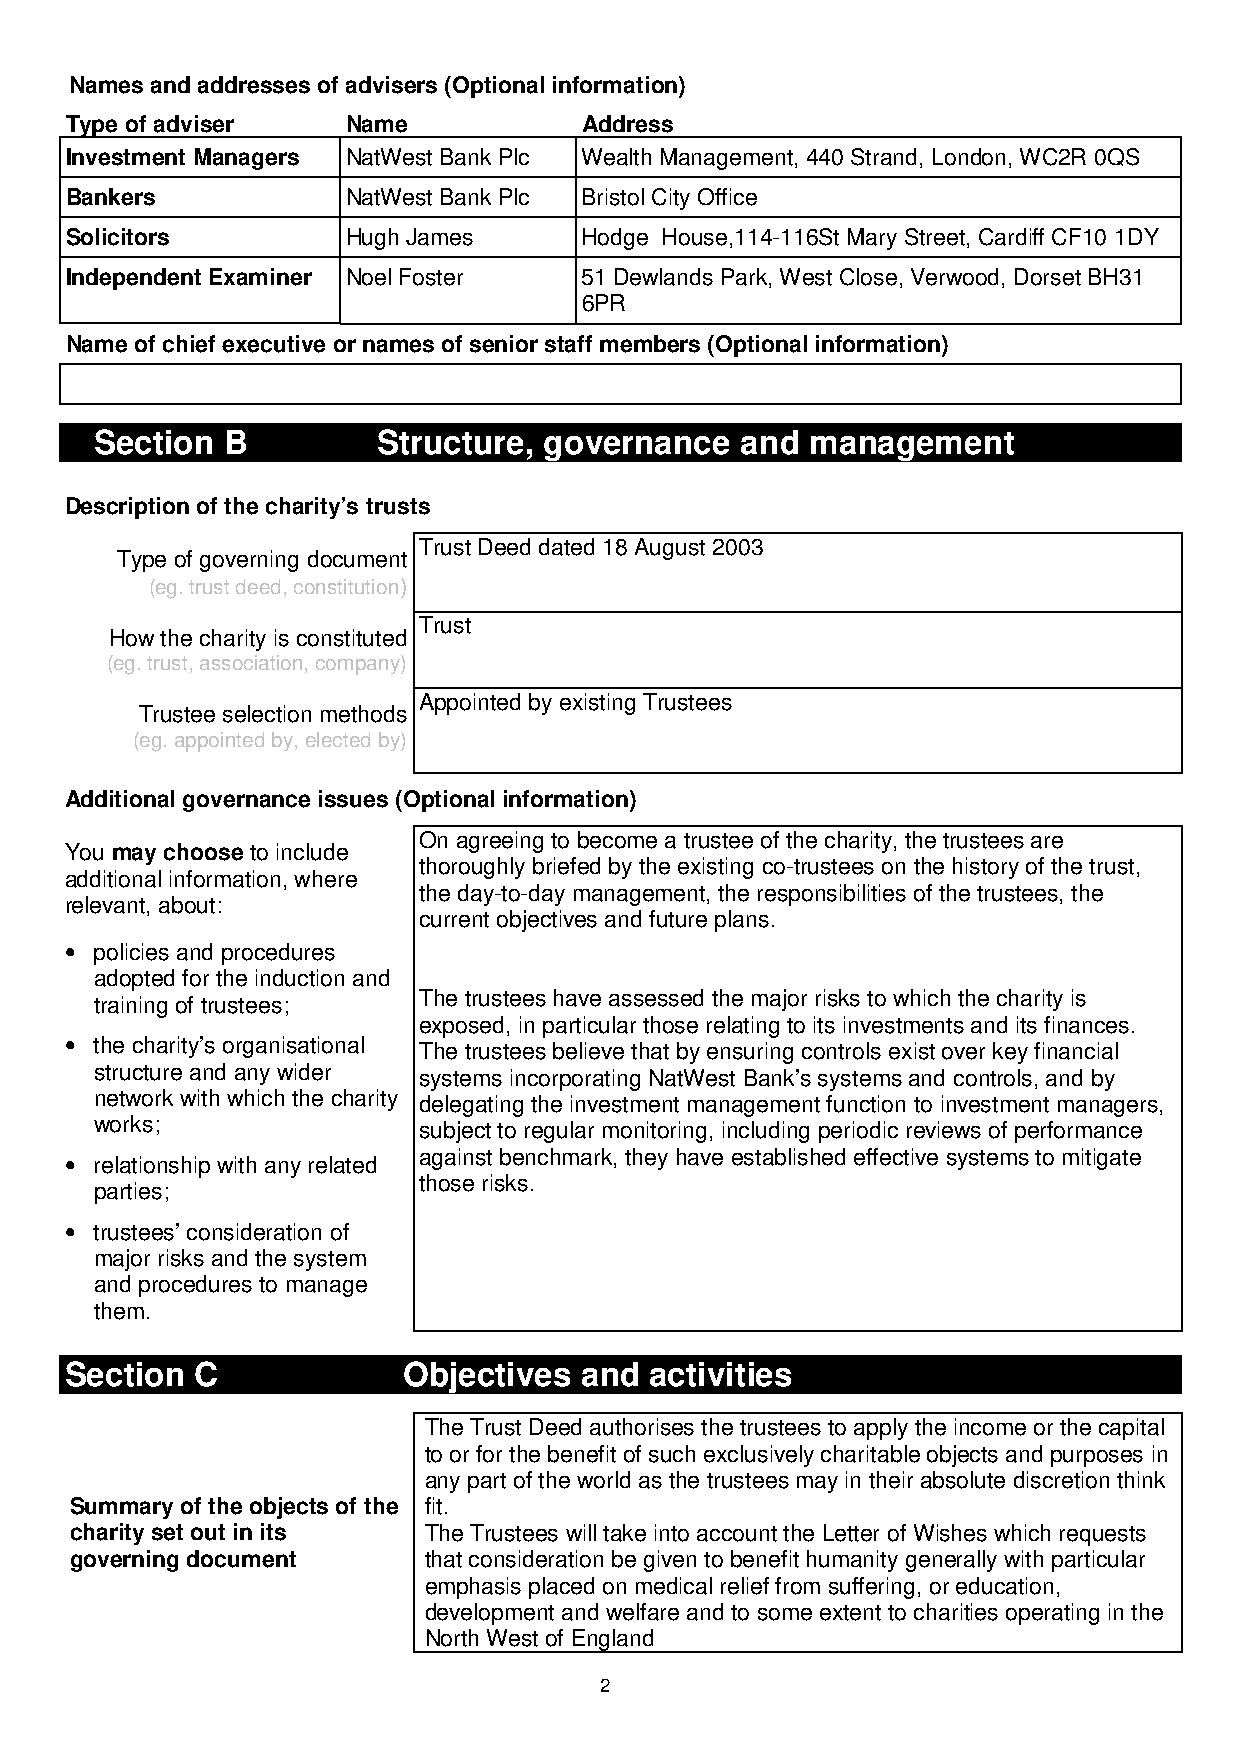
Names and addresses of advisers (Optional information)
 Type of adviser    Name            Address
 Investment Managers NatWest Bank Plc Wealth Management, 440 Strand, London, WC2R 0QS
 Bankers            NatWest Bank Plc Bristol City Office
 Solicitors         Hugh James      Hodge House,114-116St Mary Street, Cardiff CF10 1DY
 Independent Examiner Noel Foster   51 Dewlands Park, West Close, Verwood, Dorset BH31
 6PR
 Name of chief executive or names of senior staff members (Optional information)
 Section  B         Structure, governance   and  management
 Description of the charity’s trusts
 Trust Deed dated 18 August 2003
 Type of governing document
 (eg. trust deed, constitution)
 Trust
 How the charity is constituted
 (eg. trust, association, company)
 Appointed by existing Trustees
 Trustee selection methods
 (eg. appointed by, elected by)
 Additional governance issues (Optional information)
 On agreeing to become a trustee of the charity, the trustees are
 You may choose to include
 thoroughly briefed by the existing co-trustees on the history of the trust,
 additional information, where
 the day-to-day management, the responsibilities of the trustees, the
 relevant, about:
 current objectives and future plans.
 • policies and procedures
 adopted for the induction and
 training of trustees; The trustees have assessed the major risks to which the charity is
 exposed, in particular those relating to its investments and its finances.
 • the charity’s organisational The trustees believe that by ensuring controls exist over key financial
 structure and any wider systems incorporating NatWest Bank’s systems and controls, and by
 network with which the charity delegating the investment management function to investment managers,
 works;                subject to regular monitoring, including periodic reviews of performance
 • relationship with any related against benchmark, they have established effective systems to mitigate
 those risks.
 parties;
 • trustees’ consideration of
 major risks and the system
 and procedures to manage
 them.
 Section  C             Objectives and  activities
 The Trust Deed authorises the trustees to apply the income or the capital
 to or for the benefit of such exclusively charitable objects and purposes in
 any part of the world as the trustees may in their absolute discretion think
 Summary of the objects of the fit.
 charity set out in its The Trustees will take into account the Letter of Wishes which requests
 governing document     that consideration be given to benefit humanity generally with particular
 emphasis placed on medical relief from suffering, or education,
 development and welfare and to some extent to charities operating in the
 North West of England
 2